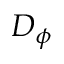
D _ { \phi }